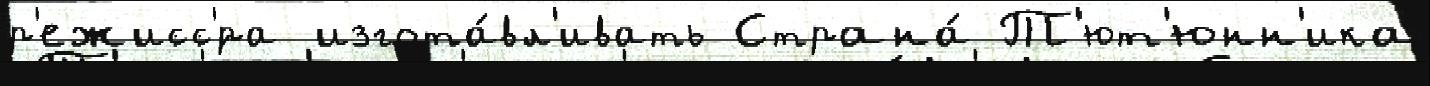
р'ежисс'́ра изгота́вл'ивать Страна́ Т'ют'юнн'ика